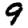
Digit: 9